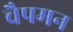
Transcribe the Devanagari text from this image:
चैपमन